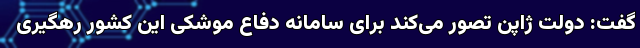
گفت: دولت ژاپن تصور می‌کند برای سامانه دفاع موشکی این کشور رهگیری